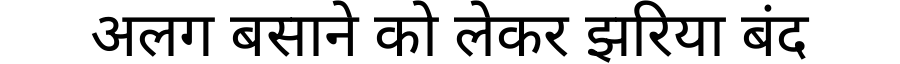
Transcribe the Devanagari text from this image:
अलग बसाने को लेकर झरिया बंद